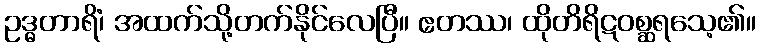
ဥဒ္ဓတာရိံ၊ အထက်သို့တက်နိုင်လေပြီ။ ဧတဿ၊ ထိုတိရိဋဝစ္ဆရသေ့၏။